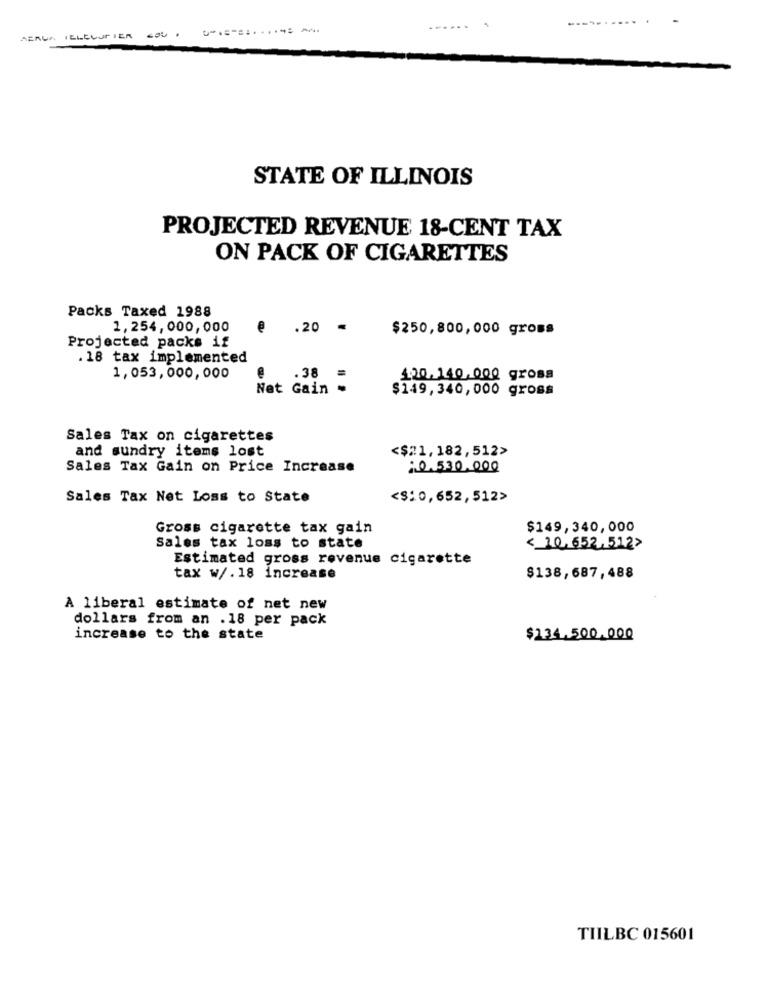
-----....
......
STATE OF ILLINOIS
PROJECTED REVENUE 18-CENT TAX
ON PACK OF CIGARETTES
Packs Taxed 1988
1,254,000,000
.20
$250,800,000 gross
Projected packs if
.18 tax implemented
1,053,000,000
.38
120,140,000 gross
Net Gain
$149,340,000 gross
Sales Tax on cigarettes
and sundry items lost
<$21,182,512>
Sales Tax Gain on Price Increase
:0.530.000
Sales Tax Net Loss to State
<$: 0, 652, 512>
Gross cigarette tax gain
$149,340,000
Sales tax loss to state
< 10.652,512>
Estimated gross revenue cigarette
tax w/. 18 increase
$138,687,488
A liberal estimate of net new
dollars from an .18 per pack
increase to the state
$134,500,000
TIILBC 015601